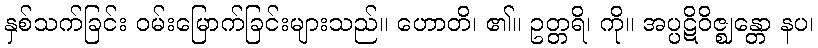
နှစ်သက်ခြင်း ဝမ်းမြောက်ခြင်းများသည်။ ဟောတိ၊ ၏။ ဥတ္တရိ၊ ကို။ အပ္ပဋိဝိဇ္ဈန္တော နပ၊